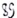
Text: 89